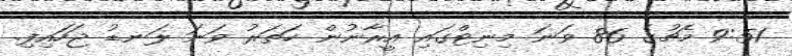
9:51 މެޗުގެ 86 ވަނަ މިނިޓްގައި އީރާނުން ހަތަރު ވަނަ ލަނޑު ޖަހައިފި.